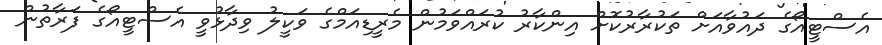
އެސްޓީއޯގެ ދައުވާއަށް ތަކުރާރުކޮށް އިންކާރު ކުރައްވަމުން މެރީޑިއަމްގެ ވަކީލު ވިދާޅުވީ އެސްޓީއޯގެ ފަރާތުން